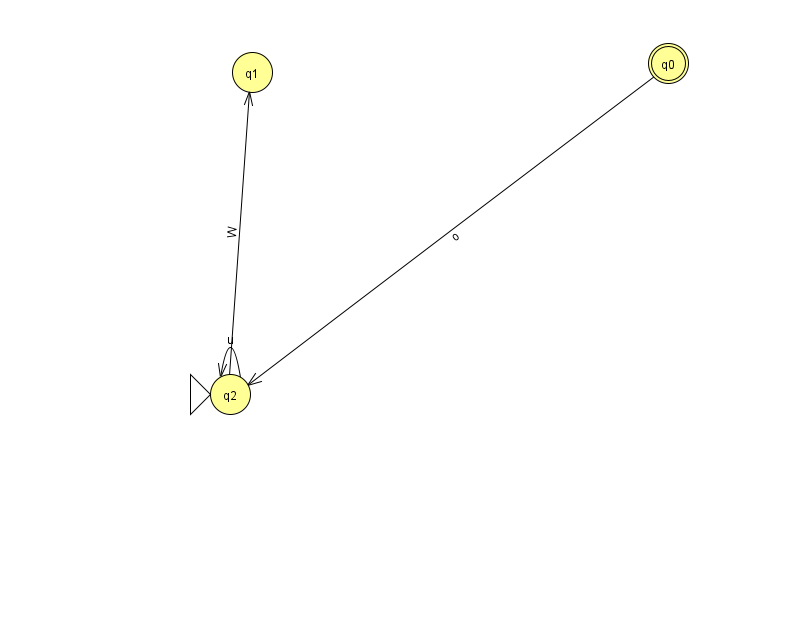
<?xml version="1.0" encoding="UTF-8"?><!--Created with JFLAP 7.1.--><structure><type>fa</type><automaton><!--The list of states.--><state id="0" name="q0"><x>668.0</x><y>50.0</y><final/></state><state id="1" name="q1"><x>252.0</x><y>59.0</y></state><state id="2" name="q2"><x>230.0</x><y>381.0</y><initial/></state><!--The list of transitions.--><transition><from>2</from><to>1</to><read>W</read></transition><transition><from>0</from><to>2</to><read>o</read></transition><transition><from>2</from><to>2</to><read>u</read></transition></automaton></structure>